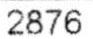
2876